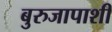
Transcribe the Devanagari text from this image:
बुरुजापाशी